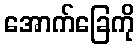
အောက်ခြေကို